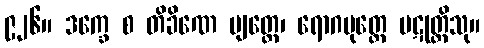
၉၂၆။ ဒက္ခေ စ တိခိဏေ ဗျတ္တေ၊ ရောဂမုတ္တေ ပဋုတ္တိသု။